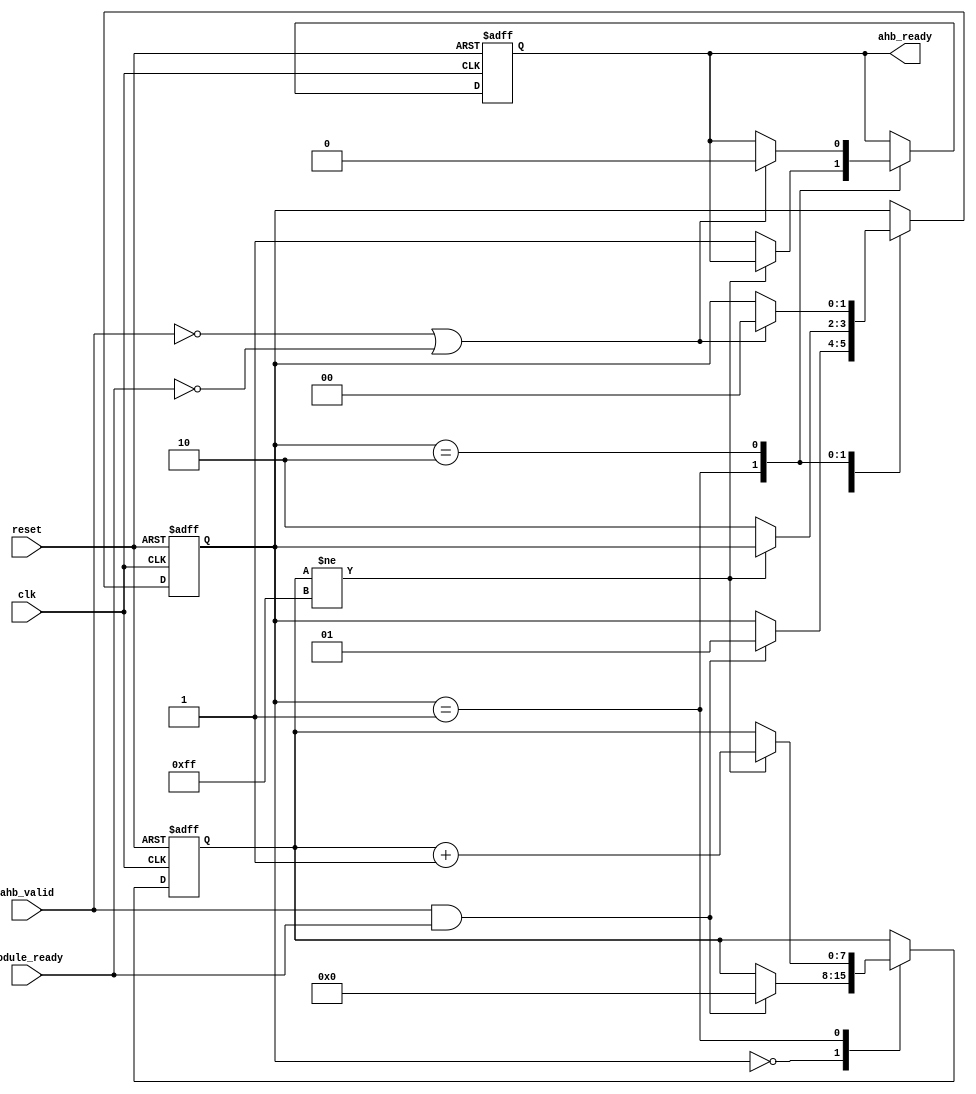
module timing_control_sync (
    input wire clk,           // Clock input
    input wire reset,         // Reset input
    input wire ahb_valid,     // AHB bus valid signal
    input wire module_ready,  // Ready signal from a module
    output reg ahb_ready      // AHB bus ready signal
);

reg [7:0] fifo_data;          // FIFO buffer for data
reg [1:0] handshaking_state;  // State machine for handshaking logic

always @(posedge clk or posedge reset) begin
    if (reset) begin
        fifo_data <= 8'b0;
        handshaking_state <= 2'b00;
        ahb_ready <= 1'b0;
    end else begin
        case (handshaking_state)
            2'b00: begin
                if (ahb_valid && module_ready) begin
                    fifo_data <= 8'b0;  // Reset FIFO buffer
                    handshaking_state <= 2'b01; // Move to next state
                end
            end
            2'b01: begin
                if (fifo_data != 8'b11111111) begin
                    fifo_data <= fifo_data + 1; // Increment data in FIFO buffer
                end else begin
                    handshaking_state <= 2'b10; // Move to final state
                    ahb_ready <= 1'b1; // Set AHB bus ready signal
                end
            end
            2'b10: begin
                if (!ahb_valid || !module_ready) begin
                    handshaking_state <= 2'b00; // Reset to initial state
                    ahb_ready <= 1'b0; // Reset AHB bus ready signal
                end
            end
        endcase
    end
end

endmodule